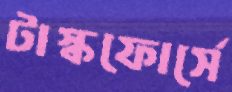
টাস্কফোর্সে